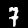
Label: 7